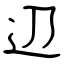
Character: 辺